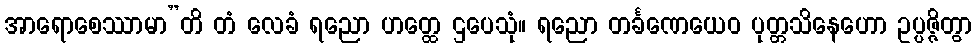
အာရောစေဿာမာ”တိ တံ လေခံ ရညော ဟတ္ထေ ဌပေသုံ။ ရညော တင်္ခဏေယေဝ ပုတ္တသိနေဟော ဥပ္ပဇ္ဇိတွာ